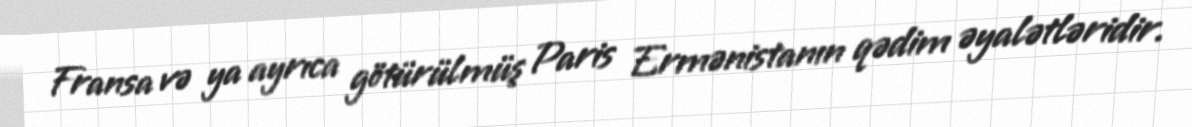
Fransa və ya ayrıca götürülmüş Paris Ermənistanın qədim əyalətləridir.